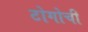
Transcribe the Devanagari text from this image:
टोगोची